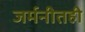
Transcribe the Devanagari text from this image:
जर्मनीतही